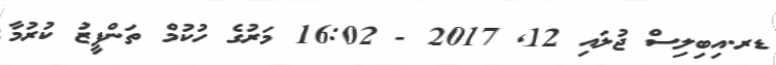
ޑރ.އިބިލިސް ޖުލައި 12